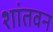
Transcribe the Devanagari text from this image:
शांतवन